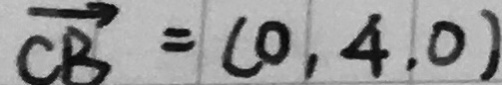
\overrightarrow { C B } = ( 0 , 4 , 0 )